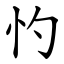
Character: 㣿